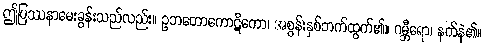
ဤပြဿနာမေးခွန်းသည်လည်း။ ဥဘတောကောဋိကော၊ အစွန်းနှစ်ဘက်ထွက်၏။ ဂမ္ဘီရော၊ နက်နဲ၏။